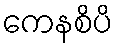
ကေနစိပိ